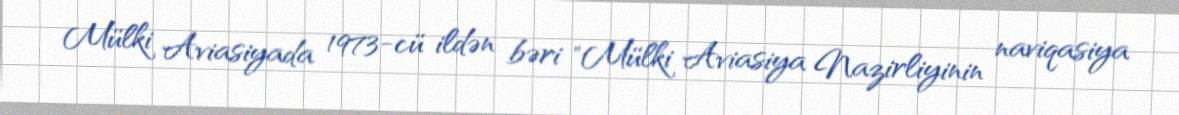
Mülki Aviasiyada 1973-cü ildən bəri "Mülki Aviasiya Nazirliyinin naviqasiya